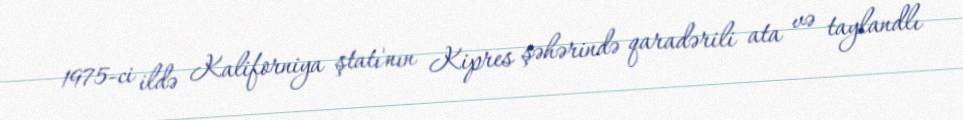
1975-ci ildə Kaliforniya ştatı'nın Kipres şəhərində qaradərili ata və taylandlı